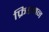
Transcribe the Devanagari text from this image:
फ्रिडमन